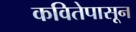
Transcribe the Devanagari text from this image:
कवितेपासून